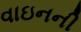
વાઇનની